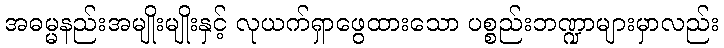
အဓမ္မနည်းအမျိုးမျိုးနှင့် လုယက်ရှာဖွေထားသော ပစ္စည်းဘဏ္ဍာများမှာလည်း